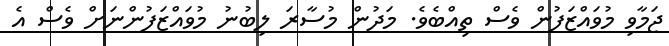
ޖަމާވި މުވައްޒަފުން ވެސް ތިއްބެވެ. މަދުން މުސާރަ ލިބުނު މުވައްޒަފުންނަށް ވެސް އެ